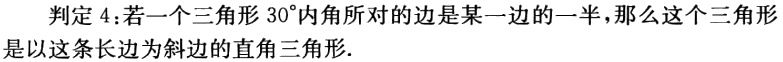
判定4：若一个三角形\(30^{\circ}\)内角所对的边是某一边的一半，那么这个三角形是以这条长边为斜边的直角三角形.